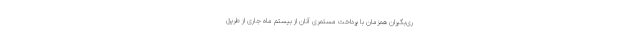
ری‌بگیران همزمان با پرداخت مستمری آنان از بیستم ماه جاری از طریق